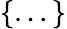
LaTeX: \{ ...\}